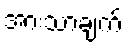
အားသာချက်